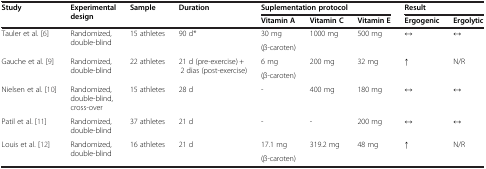
| Study | Experimental design | Sample | Duration | <COLSPAN=3> Suplementation protocol | <COLSPAN=2> Result |
 |  |  |  |  | Vitamin A | Vitamin C | Vitamin E | Ergogenic | Ergolytic |
 | --- | --- | --- | --- | --- | --- | --- | --- | --- |
 | <ROWSPAN=2> Tauler et al. [6] | <ROWSPAN=2> Randomized, double-blind | <ROWSPAN=2> 15 athletes | <ROWSPAN=2> 90 d* | 30 mg | <ROWSPAN=2> 1000 mg | <ROWSPAN=2> 500 mg | <ROWSPAN=2> ↔ | <ROWSPAN=2> ↔ |
 | (β-caroten) |
 | <ROWSPAN=2> Gauche et al. [9] | <ROWSPAN=2> Randomized, double-blind | <ROWSPAN=2> 22 athletes | <ROWSPAN=2> 21 d (pre-exercise) + 2 dias (post-exercise) | 6 mg | <ROWSPAN=2> 200 mg | <ROWSPAN=2> 32 mg | <ROWSPAN=2> ↑ | <ROWSPAN=2> N/R |
 | (β-caroten) |
 | Nielsen et al. [10] | Randomized, double-blind, cross-over | 15 athletes | 28 d | - | 400 mg | 180 mg | ↔ | ↔ |
 | Patil et al. [11] | Randomized, double-blind | 37 athletes | 21 d | - | - | 200 mg | ↔ | ↔ |
 | Louis et al. [12] | Randomized, double-blind | 16 athletes | 21 d | 17.1 mg | 319.2 mg | 48 mg | ↑ | N/R |
 |  |  |  |  | (β-caroten) |  |  |  |  |